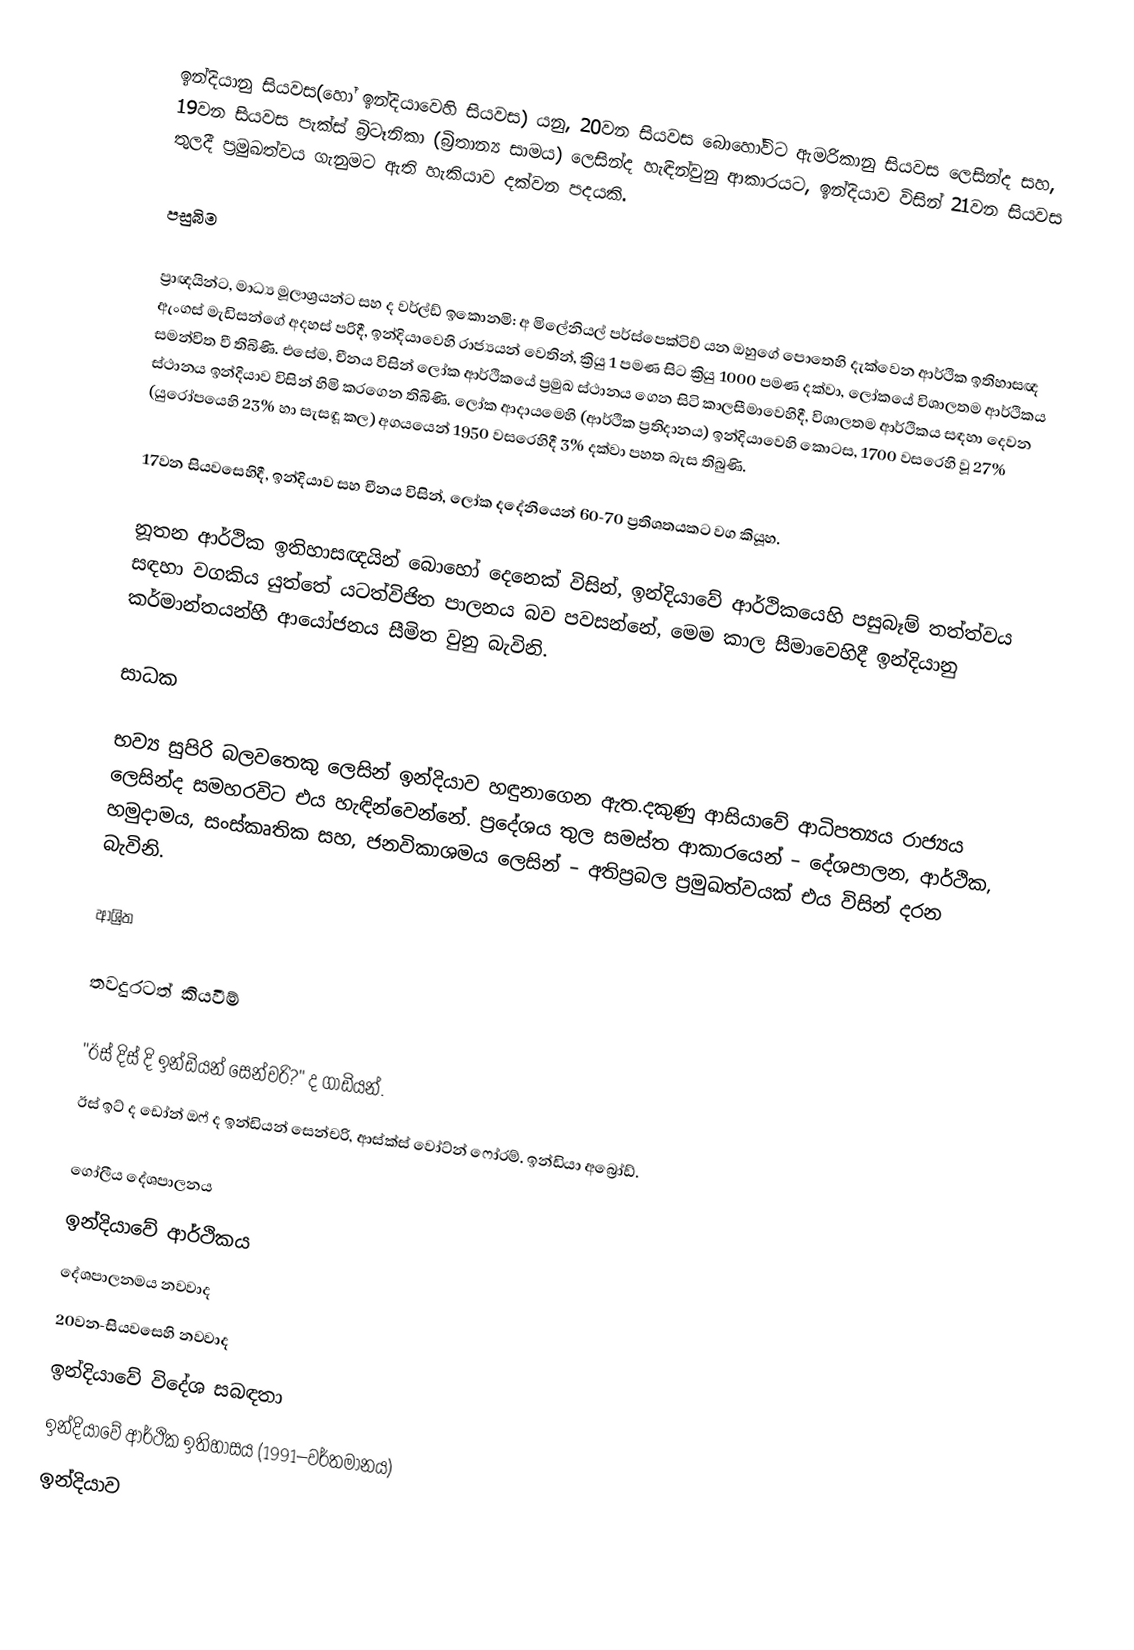
ඉන්දියානු සියවස(හෝ ඉන්දියාවෙහි සියවස) යනු, 20වන සියවස බොහෝවිට ඇමරිකානු සියවස ලෙසින්ද සහ, 19වන සියවස පැක්ස් බ්‍රිටෑනිකා (බ්‍රිතාන්‍ය සාමය) ලෙසින්ද හැඳින්වුනු ආකාරයට,  ඉන්දියාව විසින් 21වන සියවස තුලදී ප්‍රමුඛත්වය ගැනුමට ඇති හැකියාව දක්වන පදයකි.

පසුබිම

ප්‍රාඥයින්ට, මාධ්‍ය මූලාශ්‍රයන්ට  සහ ද වර්ල්ඩ් ඉකොනමි: අ මිලේනියල් පර්ස්පෙක්ටිව් යන ඔහුගේ පොතෙහි දැක්වෙන  ආර්ථික ඉතිහාසඥ ඇංගස් මැඩිසන්ගේ අදහස් පරිදී,   ඉන්දියාවෙහි රාජ්‍යයන් වෙතින්, ක්‍රියු 1 පමණ සිට ක්‍රියු 1000 පමණ දක්වා, ලෝකයේ විශාලතම ආර්ථිකය සමන්විත වී තිබිණි. එසේම, චීනය විසින් ලෝක ආර්ථිකයේ ප්‍රමුඛ ස්ථානය ගෙන සිටි කාලසීමාවෙහිදී, විශාලතම ආර්ථිකය සඳහා දෙවන ස්ථානය ඉන්දියාව විසින් හිමි කරගෙන තිබිණි. ලෝක ආදායමෙහි  (ආර්ථික ප්‍රතිදානය) ඉන්දියාවෙහි කොටස, 1700 වසරෙහි වූ 27% (යුරෝපයෙහි 23% හා සැසඳූ කල) අගයයෙන් 1950 වසරෙහිදී  3% දක්වා පහත බැස තිබුණි.

17වන සියවසෙහිදී, ඉන්දියාව සහ චීනය විසින්, ලෝක දදේනියෙන්  60-70 ප්‍රතිශතයකට වග කියූහ.

නූතන ආර්ථික ඉතිහාසඥයින් බොහෝ දෙනෙක් විසින්, ඉන්දියාවේ ආර්ථිකයෙහි පසුබෑම් තත්ත්වය සඳහා වගකිය යුත්තේ යටත්විජිත පාලනය බව පවසන්නේ, මෙම කාල සීමාවෙහිදී ඉන්දියානු කර්මාන්තයන්හී ආයෝජනය සීමිත වුනු බැවිනි.

සාධක

භව්‍ය සුපිරි බලවතෙකු ලෙසින් ඉන්දියාව හඳුනාගෙන ඇත.දකුණු ආසියාවේ ආධිපත්‍යය රාජ්‍යය ලෙසින්ද සමහරවිට එය හැඳින්වෙන්නේ. ප්‍රදේශය තුල සමස්ත ආකාරයෙන් – දේශපාලන, ආර්ථික, හමුදාමය, සංස්කෘතික සහ, ජනවිකාශමය ලෙසින් – අතිප්‍රබල ප්‍රමුඛත්වයක් එය විසින් දරන බැවිනි.

ආශ්‍රිත

තවදුරටත් කියවීම්

 "ඊස් දිස් දි ඉන්ඩියන් සෙන්චරි?" ද ගාඩියන්.
 ඊස් ඉට් ද ඩෝන් ඔෆ් ද ඉන්ඩියන් සෙන්චරි, ආස්ක්ස් වෝට්න් ෆෝරම්. ඉන්ඩියා අබ්‍රෝඩ්.

ගෝලීය දේශපාලනය
ඉන්දියාවේ ආර්ථිකය
දේශපාලනමය නවවාද
20වන-සියවසෙහි නවවාද‍
ඉන්දියාවේ විදේශ සබඳතා
ඉන්දියාවේ ආර්ථික ඉතිහාසය (1991–වර්තමානය)
ඉන්දියාව